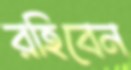
রহিবেন